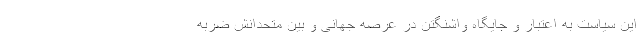
این سیاست به اعتبار و جایگاه واشنگتن در عرصه جهانی و بین متحدانش ضربه